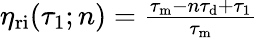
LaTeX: \begin{array}{r}{\eta_{\mathrm{ri}}(\tau_{1};n)=\frac{\tau_{\mathrm{m}}-n\tau_{\mathrm{d}}+\tau_{1}}{\tau_{\mathrm{m}}}}\end{array}